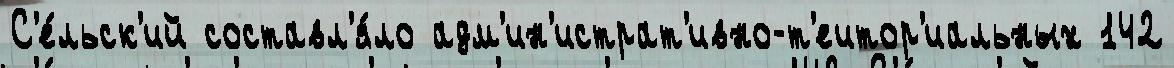
С'е́льск'ий составл'я́ло адм'ин'истрат'ивно-т'еитор'иальных 142